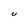
Character: U